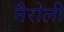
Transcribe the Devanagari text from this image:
नैरोली